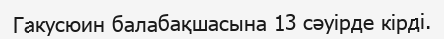
Гакусюин балабақшасына 13 сәуірде кірді.